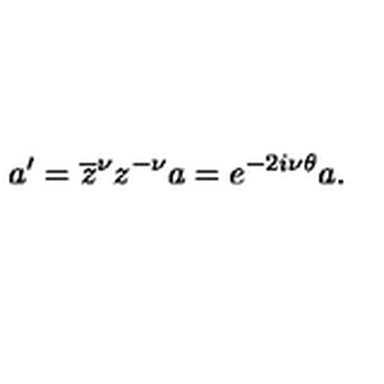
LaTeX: a ^ { \prime } = \overline { { z } } ^ { \nu } z ^ { - \nu } a = e ^ { - 2 i \nu \theta } a .